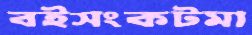
বইসংকটমা